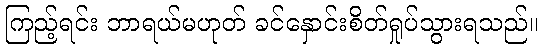
ကြည့်ရင်း ဘာရယ်မဟုတ် ခင်နှောင်းစိတ်ရှုပ်သွားရသည်။